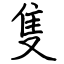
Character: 隻